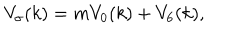
V _ { \sigma } ( k ) = m V _ { 0 } ( k ) + V _ { 6 } ( k ) ,